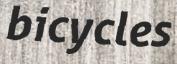
bicycles